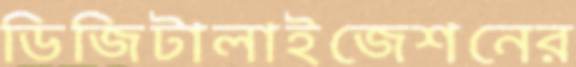
ডিজিটালাইজেশনের